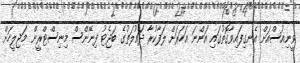
ވީނިއުސްއަށް އެނގިފައިވާގޮތުގައި އަންނަ އަހަރަށް ލަފާކުރާ ދައުލަތުގެ ބަޖެޓު ފިނޭންސް މިނިސްޓްރީން މަޖިލީހަށް